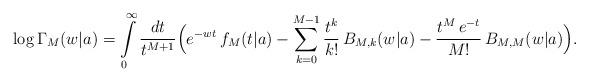
LaTeX: \begin{align*}\log\Gamma_M(w|a) = \int\limits_0^\infty \frac{dt}{t^{M+1}} \Bigl(e^{-wt}\,f_M(t|a) - \sum\limits_{k=0}^{M-1} \frac{t^k}{k!}\,B_{M,k}(w|a)- \frac{t^M\,e^{-t}}{M!}\, B_{M, M}(w|a)\Bigr).\end{align*}